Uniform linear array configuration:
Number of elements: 24
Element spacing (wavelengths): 1
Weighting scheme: hamming
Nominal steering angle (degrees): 60
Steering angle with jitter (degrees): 61.56
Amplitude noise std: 0.05
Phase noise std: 0.05

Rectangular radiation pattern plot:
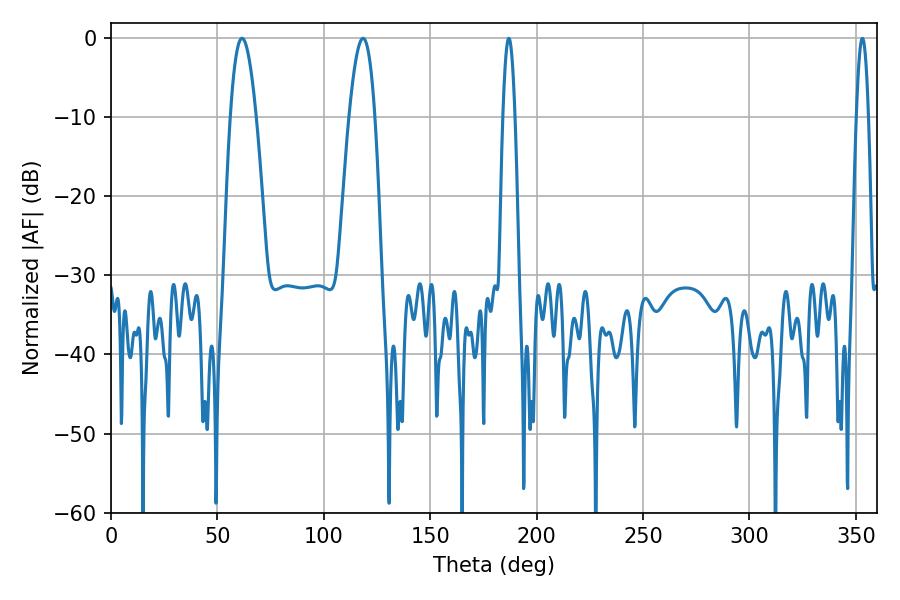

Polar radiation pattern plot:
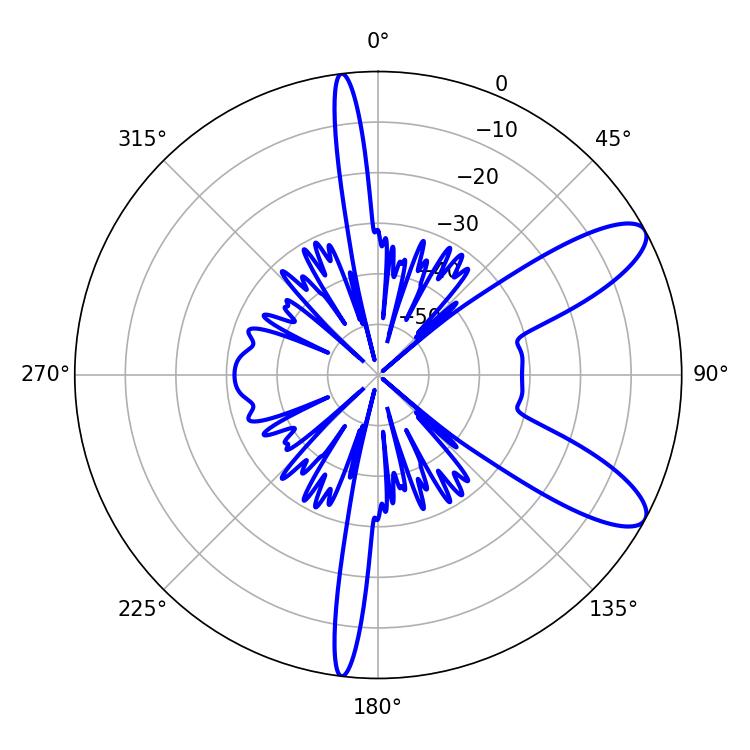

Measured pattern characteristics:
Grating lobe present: TRUE
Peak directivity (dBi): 9.848
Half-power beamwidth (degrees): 6.48
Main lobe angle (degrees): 61.56